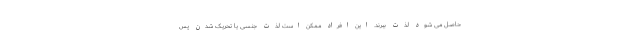
حاصل می شود لذت ببرند. این افراد ممکن است لذت جنسی یا تحریک شدن پس